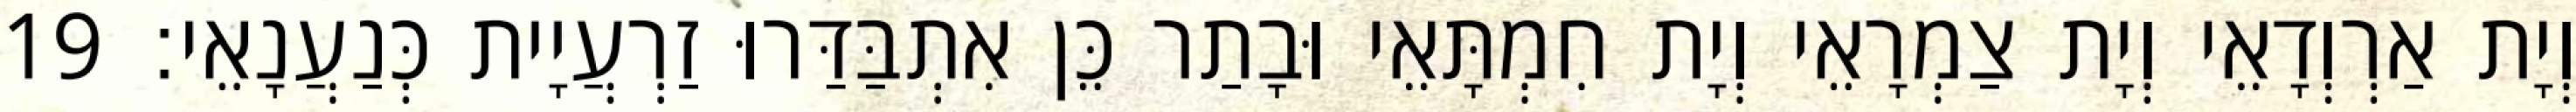
וְיָת אַרְוְדָאֵי וְיָת צַמְרָאֵי וְיָת חִמְתָּאֵי וּבָתַר כֵּן אִתְבַּדַּרוּ זַרְעֲיָית כְּנַעֲנָאֵי׃ 19